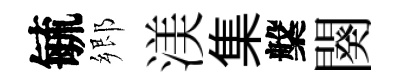
毓郷渼集槃闋